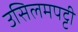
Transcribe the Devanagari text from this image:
उसिलमपट्टी